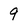
Character: 9